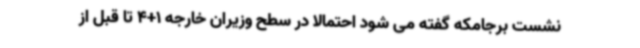
نشست برجامکه گفته می شود احتمالا در سطح وزیران خارجه 1+4 تا قبل از